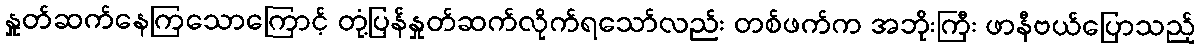
နှုတ်ဆက်နေကြသောကြောင့် တုံ့ပြန်နှုတ်ဆက်လိုက်ရသော်လည်း တစ်ဖက်က အဘိုးကြီး ဖာနီဗယ်ပြောသည့်